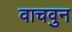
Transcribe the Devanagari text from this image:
वाचवुन